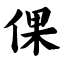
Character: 倮